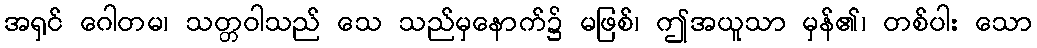
အရှင် ဂေါတမ၊ သတ္တဝါသည် သေ သည်မှနောက်၌ မဖြစ်၊ ဤအယူသာ မှန်၏၊ တစ်ပါး သော